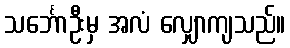
သင်္ဘောဦးမှ အလံ လျှောကျသည်။